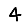
Digit: 4